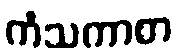
ကံသကာစာ